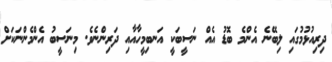
ދިރިއުޅުމުގައި ލިބޭނެ އެންމެ ބޮޑު އެއް ނަސީބަކީ އަނބިމީހާއާއި ދަރިންނެވެ. މިނަސީބު އެންމެންނަކަށް